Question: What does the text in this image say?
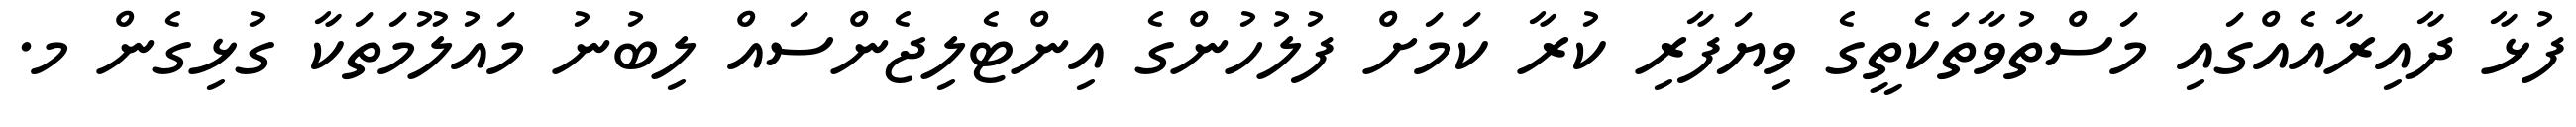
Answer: ފުޅާ ދާއިރާއެއްގައި މަސްތުވާތަކެތީގެ ވިޔަފާރި ކުރާ ކަމަށް ފުލުހުންގެ އިންޓެލިޖެންސައް ލިބުނު މައުލޫމަތަކާ ގުޅިގެން މ.